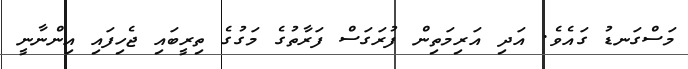
މަސްގަނޑު ގައެވެ. އަދި އަރިމަތިން ފުރަގަސް ފަރާތުގެ މަގުގެ ތިރީބައި ޖެހިފައި އިންނާނީ